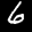
Label: 6